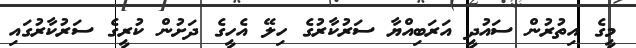
މީގެ އިތުރުން ސައުދީ އަރަބިއްޔާ ސަރުކާރުގެ ހިލޭ އެހީގެ ދަށުން ކުރީގެ ސަރުކާރުގައި